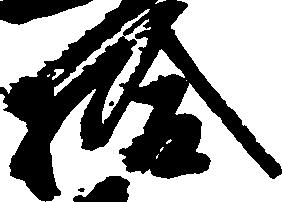
拾